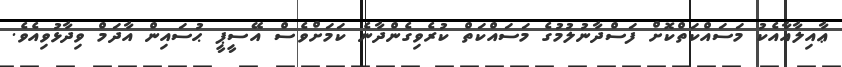
ޢާއިލާއާއެކު މަސައްކަތްކޮށް ފަސްދާނުލުމުގެ މަސައްކަތް ކުރެވިގެންދާނެ ކަމަށްވެސް އޭސީޕީ ޙުސައިން އާދަމް ވިދާޅުވިއެވެ.